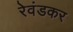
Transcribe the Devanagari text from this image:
रेवंडकर